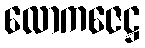
လောကဇေဋ္ဌ